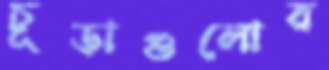
চূড়াগুলোর